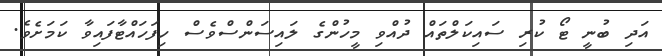
އަދި ބުނީ ޓޯ ކުރި ސައިކަލްތައް ދުއްވި މީހުންގެ ލައިސަންސްވެސް ހިފަހައްޓާފައިވާ ކަމަށެވެ.